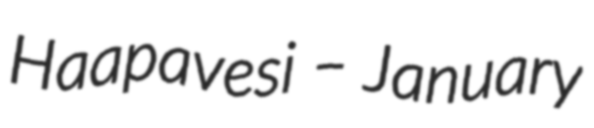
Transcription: Haapavesi – January